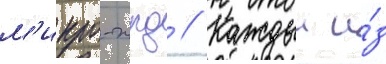
м'икро-жрд // Каждыи и́з